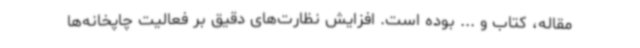
مقاله، کتاب و ... بوده است. افزایش نظارت‌های دقیق بر فعالیت چاپخانه‌ها